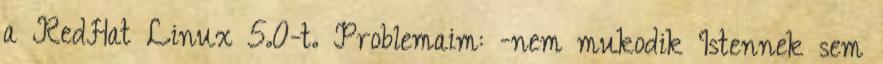
a RedHat Linux 5.0-t. Problemaim: -nem mukodik Istennek sem